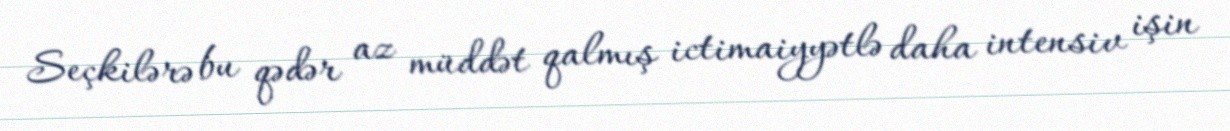
Seçkilərə bu qədər az müddət qalmış ictimaiyyətlə daha intensiv işin